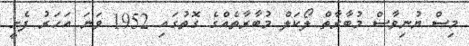
މިސް ޔުނިވާސް މުބާރާތް ލޯކަލް މުބާރާތެއްގެ ގޮތުގައި 1952 ވަނަ އަހަރު ފެށީ